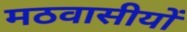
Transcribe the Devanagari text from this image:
मठवासीयों